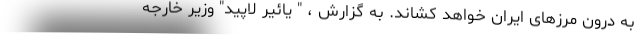
به درون مرزهای ایران خواهد کشاند. به گزارش ، " یائیر لاپید" وزیر خارجه